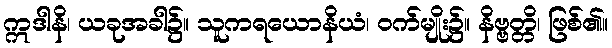
ဣဒါနိ၊ ယခုအခါ၌။ သူကရယောနိယံ၊ ဝက်မျိုး၌။ နိဗ္ဗတ္တိ၊ ဖြစ်၏။